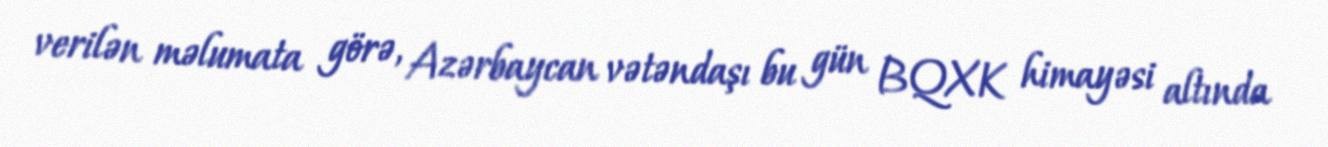
verilən məlumata görə, Azərbaycan vətəndaşı bu gün BQXK himayəsi altında